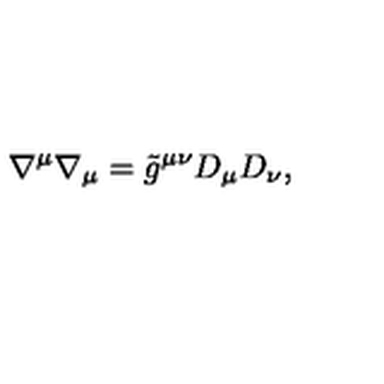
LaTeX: \nabla ^ { \mu } \nabla _ { \mu } = \tilde { g } ^ { \mu \nu } D _ { \mu } D _ { \nu } ,